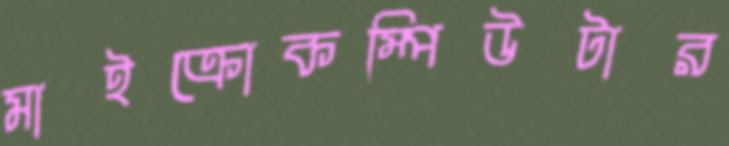
মাইক্রোকম্পিউটার